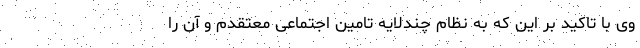
وی با تاکید بر این که به نظام چندلایه تامین اجتماعی معتقدم و آن را